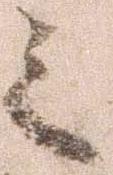
之